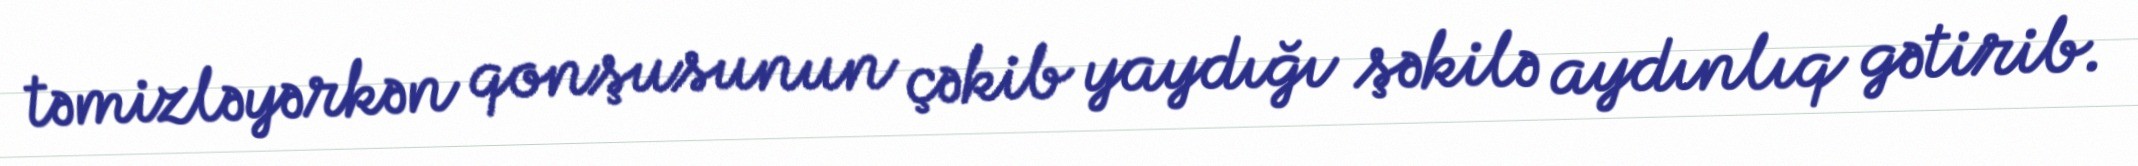
təmizləyərkən qonşusunun çəkib yaydığı şəkilə aydınlıq gətirib.